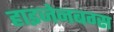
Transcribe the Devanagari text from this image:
हाइजेनबग्स